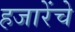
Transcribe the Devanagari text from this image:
हजारेंचे